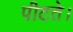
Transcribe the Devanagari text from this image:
पीटते।